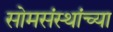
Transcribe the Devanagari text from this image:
सोमसंस्थांच्या